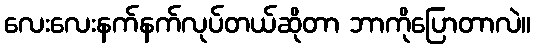
လေးလေးနက်နက်လုပ်တယ်ဆိုတာ ဘာကိုပြောတာလဲ။